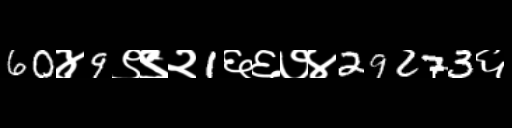
Text: 60४9९९२1६६७४29273६